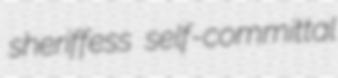
sheriffess self-committal